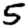
Digit: 5